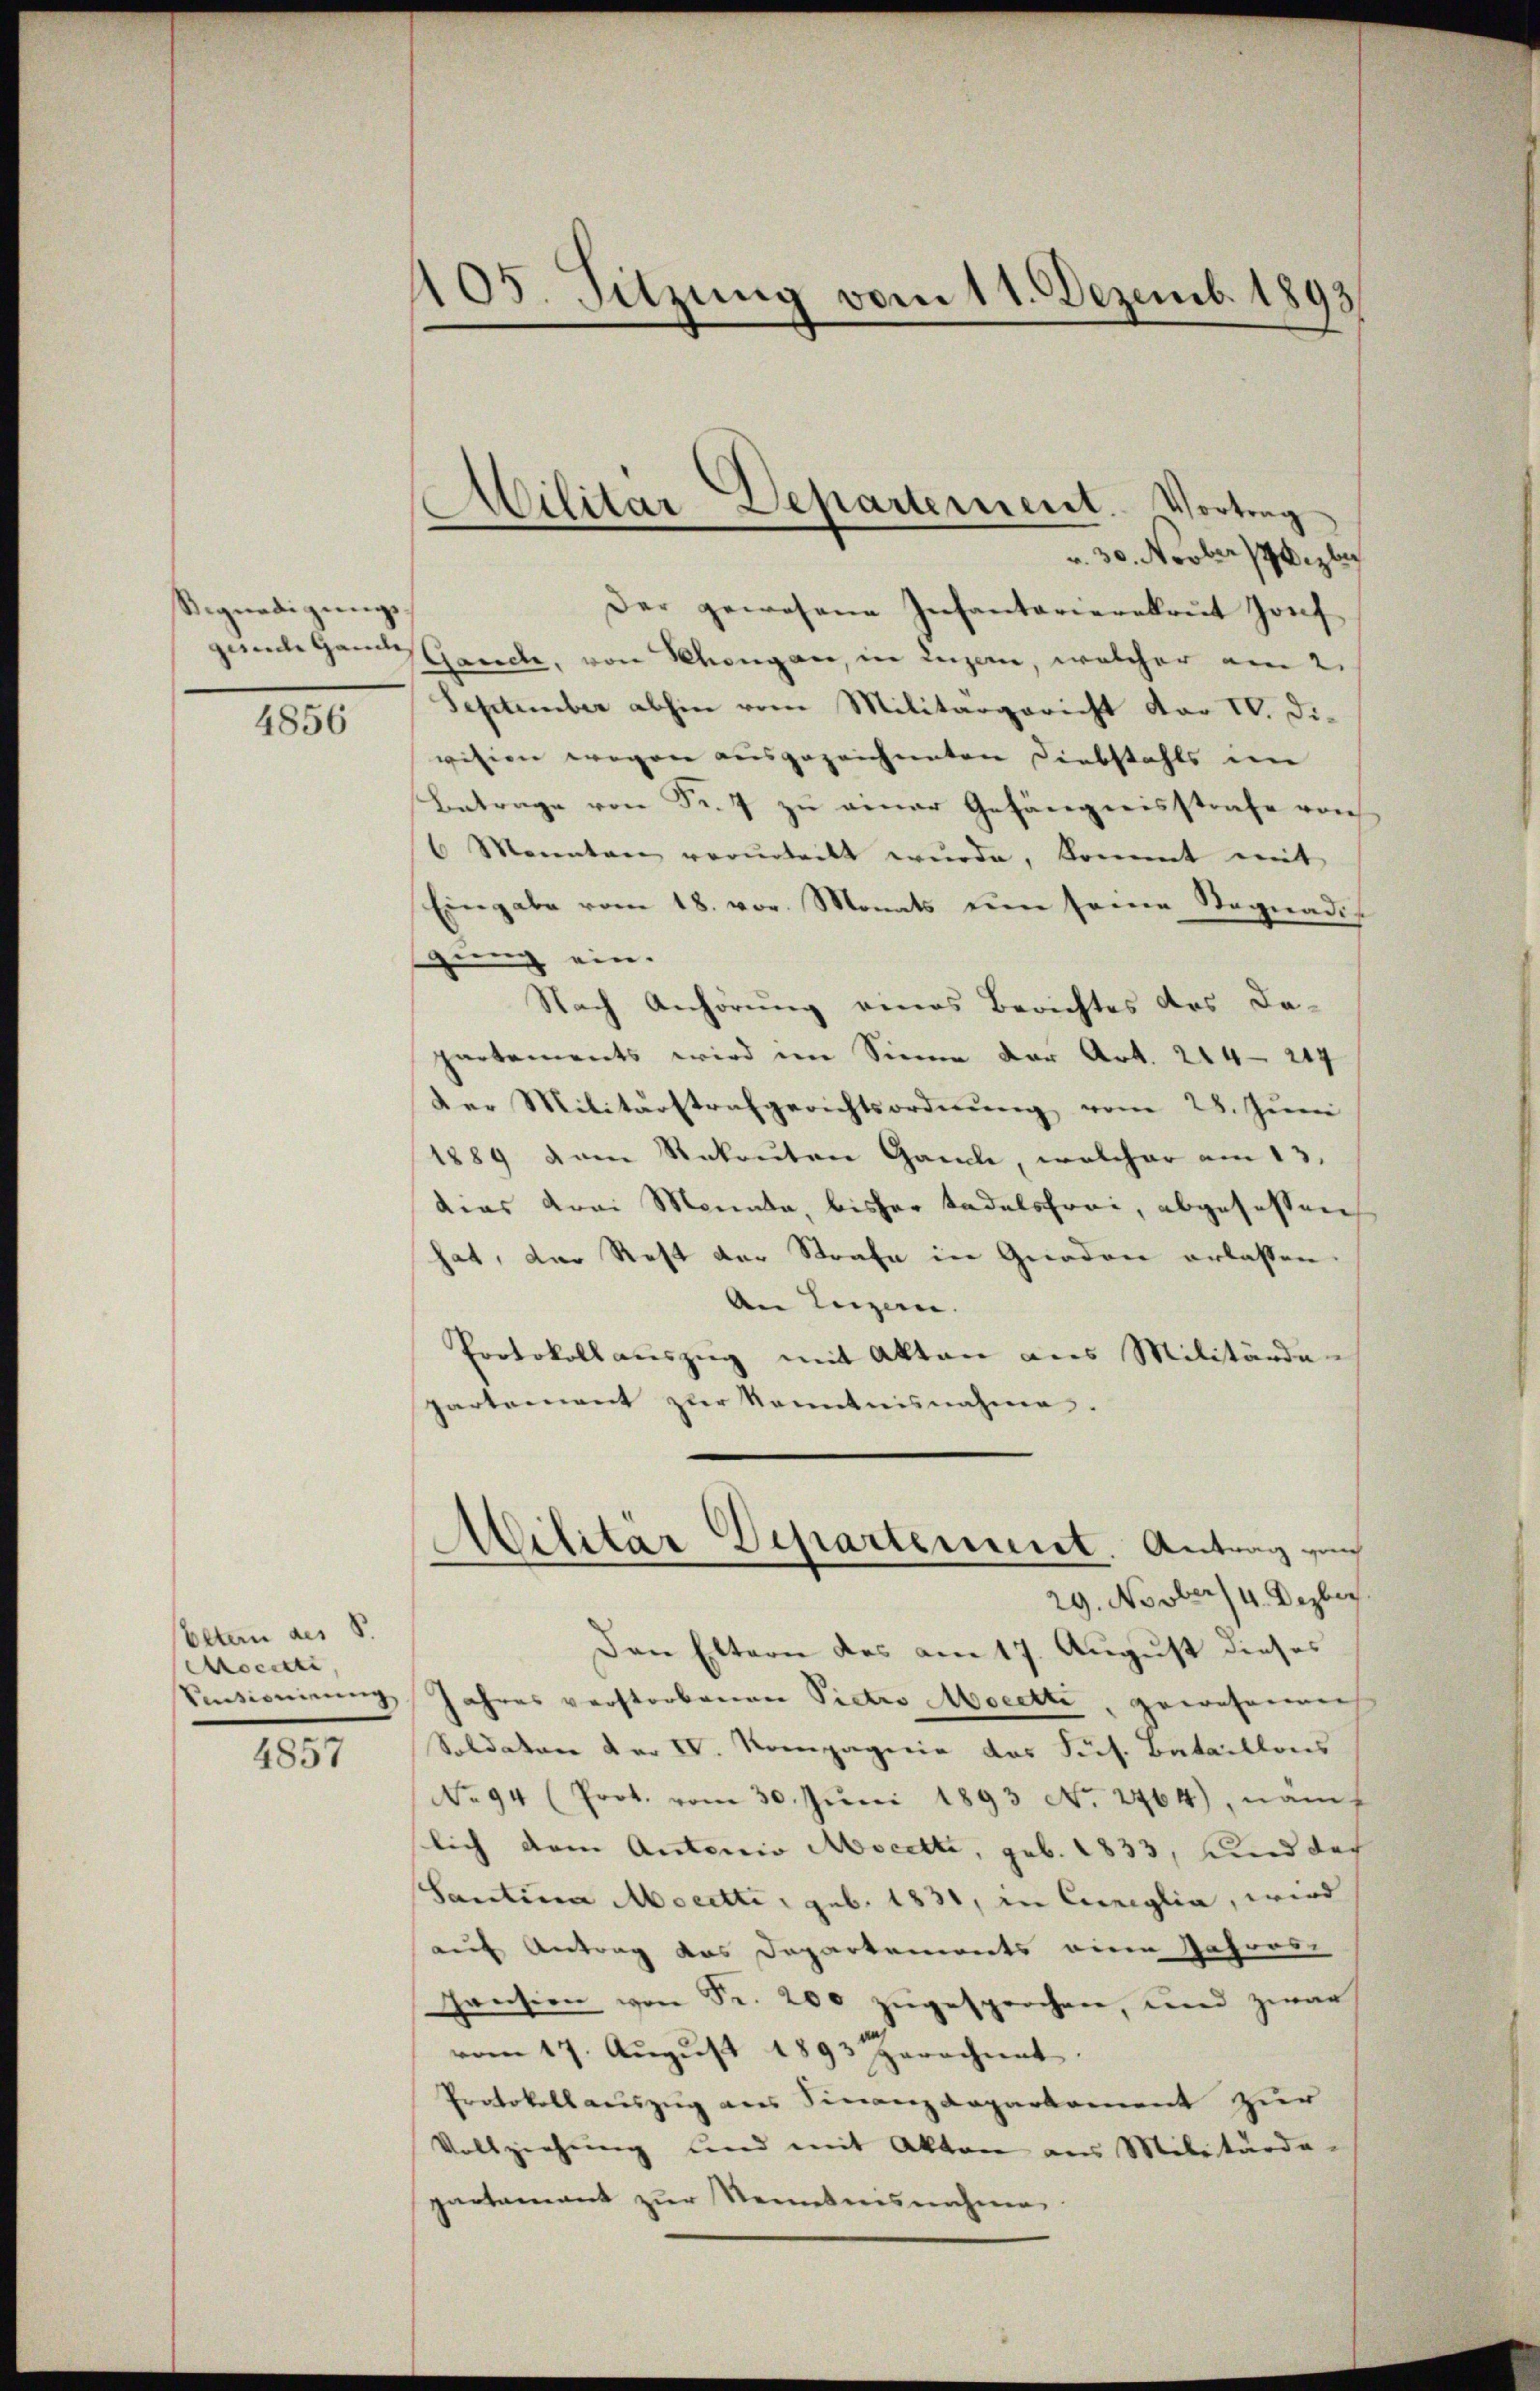
Signadigungs

4856

Vetern des S.
ocette
Sissionirung,

4857

405. Sitzung vom 11. Dezemb. 1893

Militar Departement. Vortrag
u. 30. Novber Gizlis

Der gewesene Infantarierekrut Jonf
zumte Handes Cance, von Mangen, in Luzern, welcher am 2.
September abhin vom Militärgericht dar IV. Die
vision wegen ausgezeichneten Diebstahls im
Betrage von Fr. 7 zu einer Gefängnisstrafe von
6 Maienten verurteilt wŭrde, kommt mit
Eingabe vom 18. vor. Monats um seine Stegnadigung ein.
Nach Anhörung eines Berichtes des Departements wird im Sinne der Art. 214—244
der Militärstrafgerichtsordnŭng vom 28. Jŭni
1889 vom Rekruten Ganze, welcher am 13.
dias drei Monate, bisher tadelsfrei, abgesessen
hat, der Rest der Strafe in Gnaden erlassen
An Luzern.
Protokoll auszug mit Akten aus Militärde-
partement zur Kenntnisnahme.
Militär Departement. Antrag zur
29. Novber/4. Dezbr.
Den Eltern des am 17. August dieses
Jahres verstorbenen Pietro Mocette, gewohneren
Soldaten der IV. Kompagnie das Sus. Bataillons
No 94 (Prot. vom 30. Jŭni 1893 No. 264), nam
lich dem Autorio Mocette, geb. 1833, und der
Santin Moretti, geb. 1831, in Cuniglia, wird
auf Antrag das Departements eine Jahres-
Pension von Fr. 200 zugesprochen, und zwar
vom 17. Aŭgŭst 1893 gerechnet.
Protokoll auszug aus Finanzdeparkoment zur
Vollziehung und mit Akten aus Militärde-
partamant zŭr Kenntnisnahme